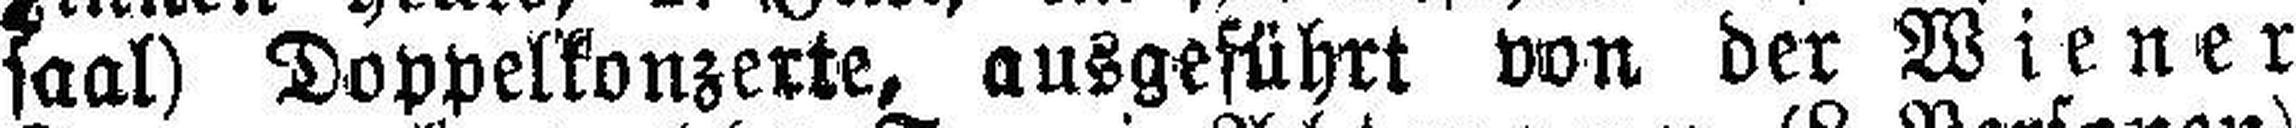
saal) Doppelkonzerte, ausgeführt von der Wiener